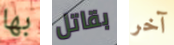
بها بقاتل آخر